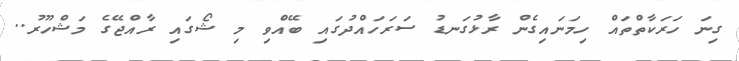
ގިނަ ހަރަކާތްތައް ހިމަނައިގެން ރާޅުގަނޑު ސަރަހައްދުގައި ބޭއްވި މި ޝޯގައި ރާއްޖޭގެ މަޝްހޫރު..